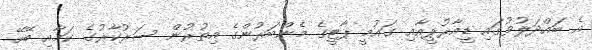
އެ ބައްދަލުވުގައި ޑީއާރުޕީއާއި ގައުމީ ޕާޓީގެ މެންބަރުންގެ އިތުރުން ސަރުކާރުގެ ކަމާއި ބޭހޭ